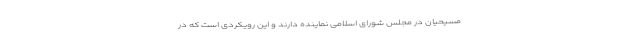
مسیحیان در مجلس شورای اسلامی نماینده دارند و این رویکردی است که در